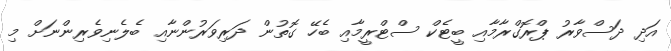
އަދި ދަސްވާރު ޕްރޮގްރާމާއި ބީޓެކް ސްޓްރީމާއި ބެހޭ ގޮތުން ދަރިވަރުންނާއި ބެލެނިވެރިންނަށް މި